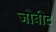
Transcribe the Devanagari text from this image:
जोबीट